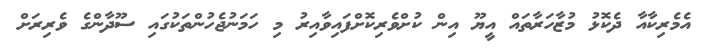
އެމެރިކާއާ ދެކޮޅު މުޒާހަރާތައް އީޔޫ އިން ކުށްވެރިކޮށްފައިވާއިރު މި ހަމަނުޖެހުންތަކުގައި ސޫދާންގެ ވެރިރަށް